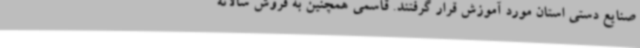
صنایع دستی استان مورد آموزش قرار گرفتند. قاسمی همچنین به فروش سالانه